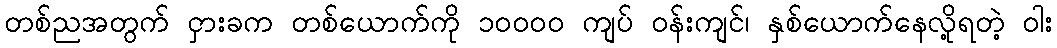
တစ်ညအတွက် ငှားခက တစ်ယောက်ကို ၁၀၀၀၀ ကျပ် ဝန်းကျင်၊ နှစ်ယောက်နေလို့ရတဲ့ ဝါး